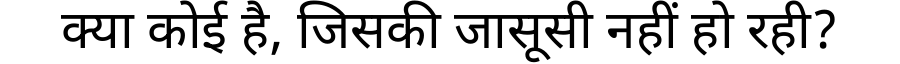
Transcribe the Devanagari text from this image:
क्या कोई है, जिसकी जासूसी नहीं हो रही?